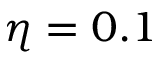
\eta = 0 . 1